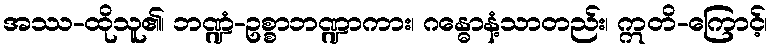
အဿ-ထိုသူ၏၊ ဘဏ္ဍံ-ဥစ္စာဘဏ္ဍာကား၊ ဂန္ဓောနံ့သာတည်း၊ ဣတိ-ကြောင့်၊